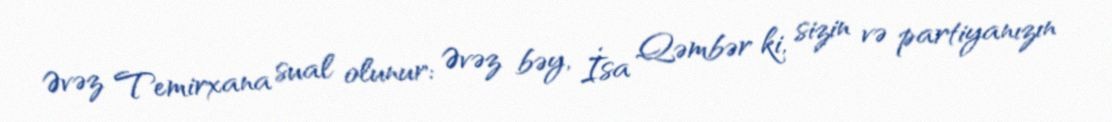
Əvəz Temirxana sual olunur: Əvəz bəy, İsa Qəmbər ki, sizin və partiyanızın